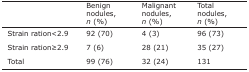
<table><thead><tr><td></td><td><b>Benign nodules, <i>n</i> (%)</b></td><td><b>Malignant nodules, <i>n</i> (%)</b></td><td><b>Total nodules, <i>n</i> (%)</b></td></tr></thead><tbody><tr><td>Strain ration&lt;2.9</td><td>92 (70)</td><td>4 (3)</td><td>96 (73)</td></tr><tr><td>Strain ration≥2.9</td><td>7 (6)</td><td>28 (21)</td><td>35 (27)</td></tr><tr><td>Total</td><td>99 (76)</td><td>32 (24)</td><td>131</td></tr></tbody></table>